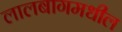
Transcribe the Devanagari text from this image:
लालबागमधील